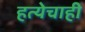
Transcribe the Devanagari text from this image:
हत्येचाही